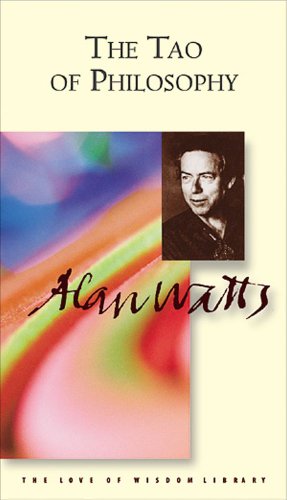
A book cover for The Tao of Philosophy (Alan Watts Love of Wisdom); Alan Watts; Religion & Spirituality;